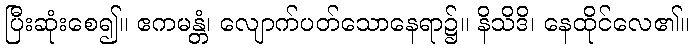
ပြီးဆုံးစေ၍။ ဧကမန္တံ၊ လျောက်ပတ်သောနေရာ၌။ နိသိဒိ၊ နေထိုင်လေ၏။